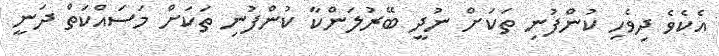
އެކެވެ ދިވެހި ކުންފުނި ތަކަށް ނުދީ ބޭރުލަންކާ ކުންފުނި ތަކަށް މަސައްކަތް ދަނީ